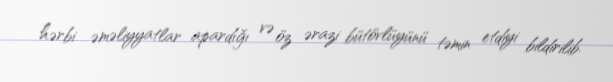
hərbi əməliyyatlar apardığı və öz ərazi bütövlüyünü təmin etdiyi bildirilib.